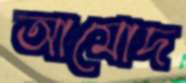
আমোদ